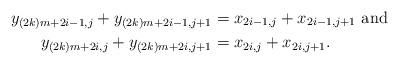
LaTeX: \begin{align*} y_{(2k)m+2i-1,j} + y_{(2k)m+2i-1,j+1} &= x_{2i-1,j} + x_{2i-1,j+1} \mbox{ and } \\ y_{(2k)m+2i,j} + y_{(2k)m+2i,j+1} &= x_{2i,j} + x_{2i,j+1}. \end{align*}